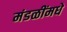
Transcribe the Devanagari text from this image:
मंडळींमधे